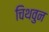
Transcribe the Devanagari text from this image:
चिथवुन